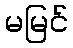
မမြင်